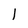
Character: l